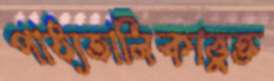
পাঠ্যতালিকাভুক্ত